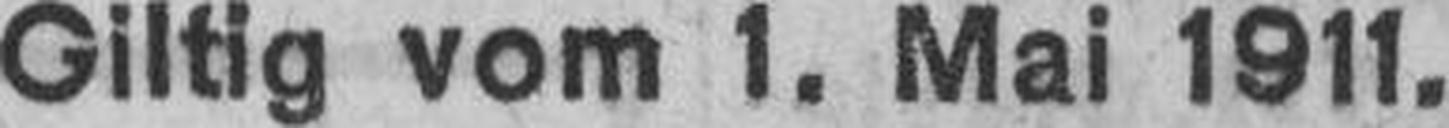
Giltig vom 1. Mai 1911.